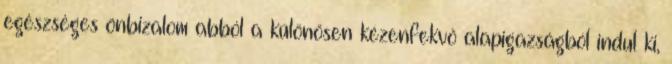
egészséges önbizalom abból a különösen kézenfekvő alapigazságból indul ki,